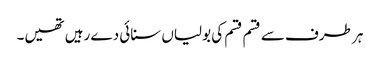
ہر طرف سے قسم قسم کی بولیاں سنائی دے رہیں تھیں۔